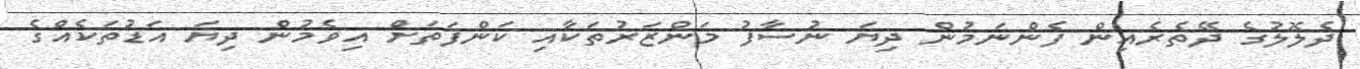
ދެލޮލުގެ ދޭތެރެއިން ފެންނަމުން ދިޔަ ނުސާފު މަންޒަރުތަކާއި ކަންފަތަށް އިވެމުން ދިޔަ އަޑުތަކެއްގެ